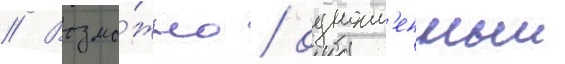
// Возмо́жно / одноим'енныи